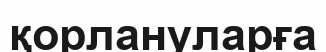
қорлануларға